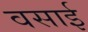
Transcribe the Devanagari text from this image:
वसाई